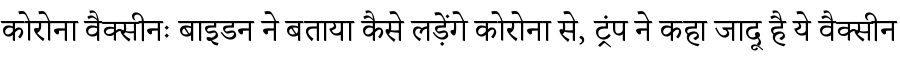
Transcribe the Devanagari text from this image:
कोरोना वैक्सीनः बाइडन ने बताया कैसे लड़ेंगे कोरोना से, ट्रंप ने कहा जादू है ये वैक्सीन